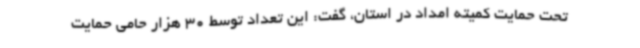
تحت حمایت کمیته امداد در استان، گفت: این تعداد توسط 30 هزار حامی حمایت